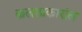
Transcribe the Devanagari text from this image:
कलाप्रकारांत